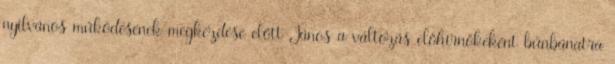
nyilvános működésének megkezdése előtt János a változás előhírnökeként bűnbánatra